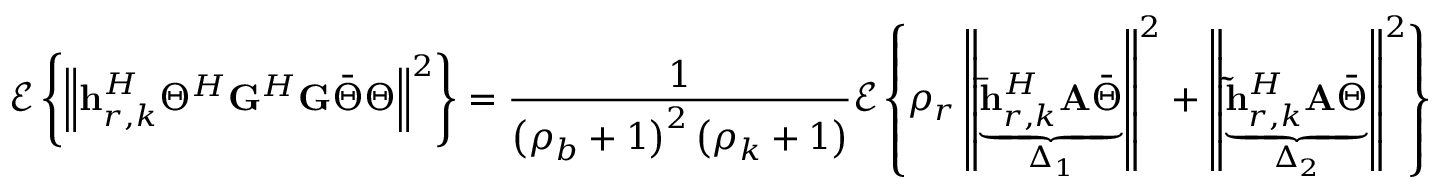
\mathscr { E } \left\{ \left\Vert \mathbf { h } _ { r , k } ^ { H } \Theta ^ { H } \mathbf { G } ^ { H } \mathbf { G } \bar { \Theta } \Theta \right\Vert ^ { 2 } \right\} = \frac { 1 } { \left( \rho _ { b } + 1 \right) ^ { 2 } \left( \rho _ { k } + 1 \right) } \mathscr { E } \left\{ \rho _ { r } \left\Vert \underset { \Delta _ { 1 } } { \underbrace { \mathbf { \bar { h } } _ { r , k } ^ { H } \mathbf { A } \bar { \Theta } } } \right\Vert ^ { 2 } + \left\Vert \underset { \Delta _ { 2 } } { \underbrace { \mathbf { \tilde { h } } _ { r , k } ^ { H } \mathbf { A } \bar { \Theta } } } \right\Vert ^ { 2 } \right\}